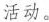
活动。